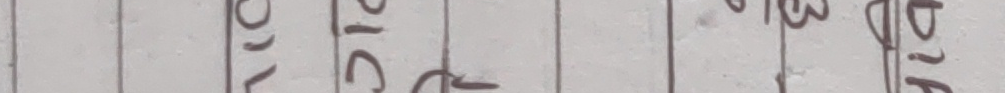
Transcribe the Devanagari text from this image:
विक्रम् सिं०